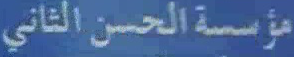
مؤسسة الحسن الثاني